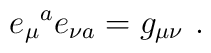
e_{\mu}{}^{a}e_{\nu a} = g_{\mu\nu}\ .